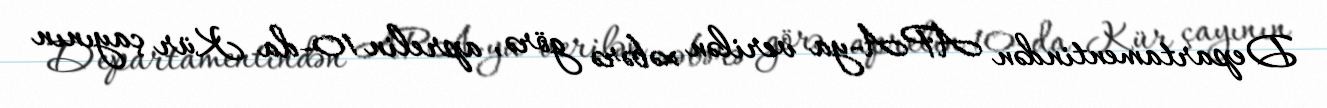
Departamentindən APA-ya verilən xəbərə görə, aprelin 10-da Kür çayının